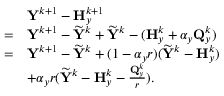
\begin{array} { r l } & { { \mathbf { Y } } ^ { k + 1 } - { \mathbf { H } } _ { y } ^ { k + 1 } } \\ { = } & { { \mathbf { Y } } ^ { k + 1 } - \widetilde { { \mathbf { Y } } } ^ { k } + \widetilde { { \mathbf { Y } } } ^ { k } - ( { \mathbf { H } } _ { y } ^ { k } + \alpha _ { y } { \mathbf { Q } } _ { y } ^ { k } ) } \\ { = } & { { \mathbf { Y } } ^ { k + 1 } - \widetilde { { \mathbf { Y } } } ^ { k } + ( 1 - \alpha _ { y } r ) ( \widetilde { { \mathbf { Y } } } ^ { k } - { \mathbf { H } } _ { y } ^ { k } ) } \\ & { + \alpha _ { y } r ( \widetilde { { \mathbf { Y } } } ^ { k } - { \mathbf { H } } _ { y } ^ { k } - \frac { { \mathbf { Q } } _ { y } ^ { k } } { r } ) . } \end{array}